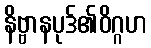
နိဗ္ဗာနပုဒ်၏ဝိဂ္ဂဟ